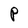
Character: P